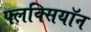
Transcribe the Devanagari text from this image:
फ्लक्सियॉन